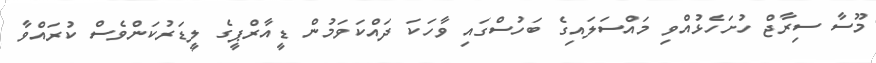
މޫސާ ސިރާޖް ހުށަހެޅުއްވި މައްސަލައިގެ ބަހުސްގައި ވާހަކަ ދައްކަވަމުން ޑީއާރްޕީގެ ލީޑަރުކަންވެސް ކުރައްވާ